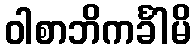
ဝါစာဘိကင်္ခါမိ